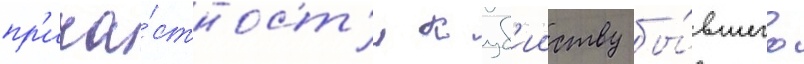
пр'ича́стност'и к уб'ииству бы́вшего